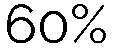
60%